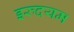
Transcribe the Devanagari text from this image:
इरुदयम